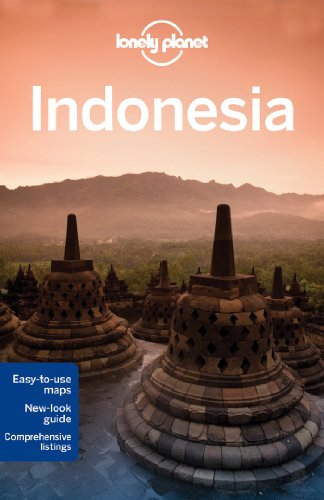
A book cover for Lonely Planet Indonesia (Travel Guide); Ryan Ver Berkmoes; Travel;